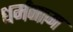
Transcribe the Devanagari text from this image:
धर्मनाम